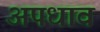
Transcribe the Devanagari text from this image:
अपधाव